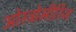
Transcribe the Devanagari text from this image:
ओस्ट्रोमीरिज